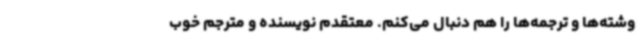
وشته‌ها و ترجمه‌ها را هم دنبال می‌کنم. معتقدم نویسنده و مترجم خوب